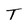
Character: T